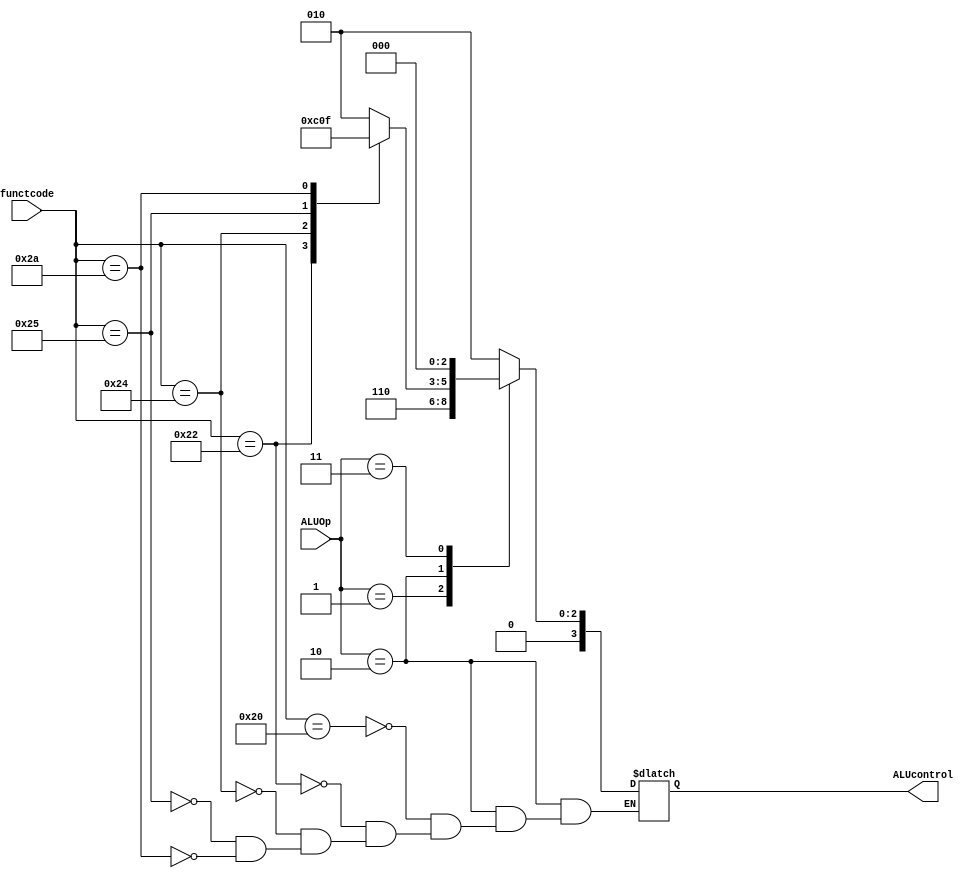
`timescale 1ns / 1ps


module ALU_control (input [1:0] ALUOp, input [5:0] functcode, output reg [3:0] ALUcontrol);
  // FIGURE 4.12 How the ALU control bits are set depends on the ALUOp control bits and
  // the different function codes for the R-type instruction.

  always @(ALUOp, functcode) begin
    case (ALUOp)
      2'b00:   ALUcontrol = 4'b0010;  // LW / SW | add
      2'b01:   ALUcontrol = 4'b0110;  // Branch equal | subtract
      2'b10: begin  // R-Type
        case (functcode)
          6'b100000:  // add
          ALUcontrol = 4'b0010;
          6'b100010:  // sub
          ALUcontrol = 4'b0110;
          6'b100100:  // and
          ALUcontrol = 4'b0000;
          6'b100101:  // or
          ALUcontrol = 4'b0001;
          6'b101010:  // slt
          ALUcontrol = 4'b0111;
        endcase
      end
      2'b11:   ALUcontrol = 4'b0000; // Jump | and
    endcase
  end

endmodule